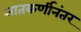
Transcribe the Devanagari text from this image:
सातकर्णीनंतर